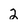
Character: 2